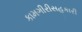
કામગીરીસહકારી